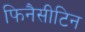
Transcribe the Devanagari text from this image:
फिनैसीटिन